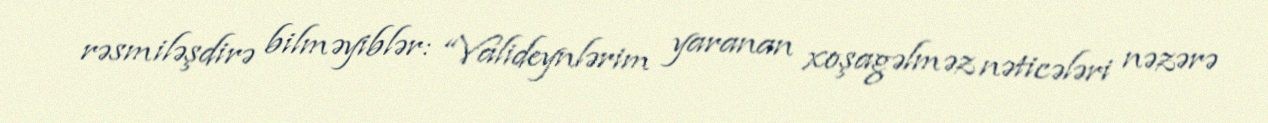
rəsmiləşdirə bilməyiblər: “Valideynlərim yaranan xoşagəlməz nəticələri nəzərə